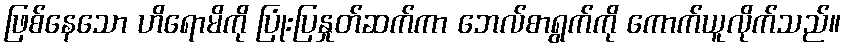
ဖြစ်နေသော ဟိရောမိကို ပြုံးပြနှုတ်ဆက်ကာ ဘေလ်စာရွက်ကို ကောက်ယူလိုက်သည်။